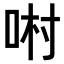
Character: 𠴘